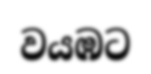
වයඹට